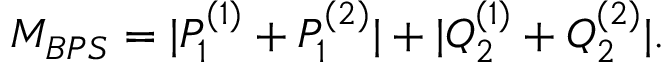
M _ { B P S } = | P _ { 1 } ^ { ( 1 ) } + P _ { 1 } ^ { ( 2 ) } | + | Q _ { 2 } ^ { ( 1 ) } + Q _ { 2 } ^ { ( 2 ) } | .